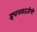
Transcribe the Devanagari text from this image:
इचलकरंजीची